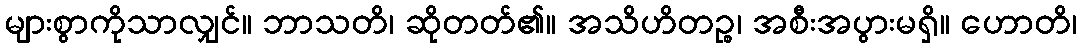
များစွာကိုသာလျှင်။ ဘာသတိ၊ ဆိုတတ်၏။ အသိဟိတဉ္စ၊ အစီးအပွားမရှိ။ ဟောတိ၊